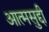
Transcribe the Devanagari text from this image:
आत्मसुद्दी